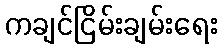
ကချင်ငြိမ်းချမ်းရေး